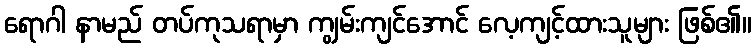
ရောဂါ နာမည် တပ်ကုသရာမှာ ကျွမ်းကျင်အောင် လေ့ကျင့်ထားသူများ ဖြစ်၏။